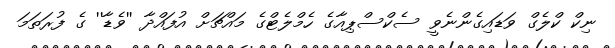
ނިކް ކްލެގް ވަޑައިގެންނެވީ ސެކްސްޕިއާގެ ހެމްލެޓްގެ މައްޗަށް އުފައްދާ ''ވެޑާ'' ގެ ފުރަތަމަ